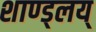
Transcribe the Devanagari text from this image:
शाण्ड्लय्